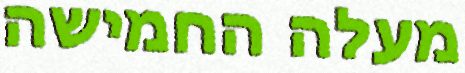
מעלה החמישה